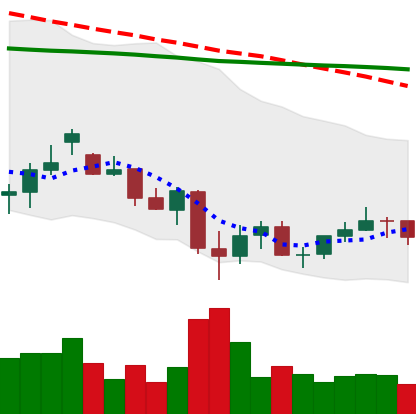
Ticker: LINK-USD
Chart end date: 2021-07-01
Forward return: 9.89%
Label: up_7plus